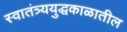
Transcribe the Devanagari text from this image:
स्वातंत्र्ययुद्धकाळातील